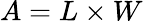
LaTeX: A=L\times W